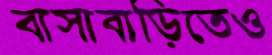
বাসাবাড়িতেও